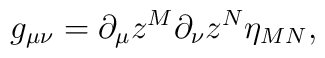
g_{\mu\nu}=\partial_\mu z^M\partial_\nu z^N \eta_{MN},